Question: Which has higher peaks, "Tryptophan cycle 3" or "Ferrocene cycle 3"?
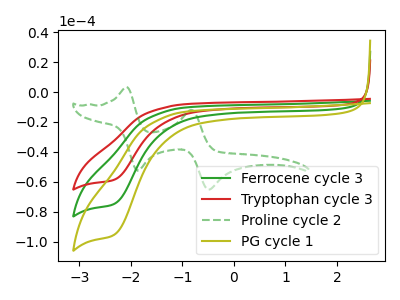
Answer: <think>The green curve "Ferrocene cycle 3" has a cathodic peak at: (-2.30V, -74.55uA). The red curve "Tryptophan cycle 3" has a cathodic peak at: (-2.30V, -58.45uA). The green dashed curve "Proline cycle 2" has anodic peaks at (-2.10V, 3.30uA) (-0.85V, -11.90uA) and cathodic peaks at (-1.85V, -52.50uA) (-0.50V, -65.15uA). The olive curve "PG cycle 1" has a cathodic peak at: (-2.30V, -149.10uA).</think>
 <answer>Every peak in "Tryptophan cycle 3" is lower than every peak in "Ferrocene cycle 3".</answer>
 <eval>lower</eval>